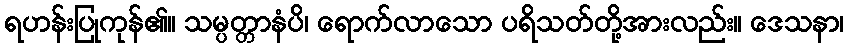
ရဟန်းပြုကုန်၏။ သမ္ပတ္တာနံပိ၊ ရောက်လာသော ပရိသတ်တို့အားလည်း။ ဒေသနာ၊